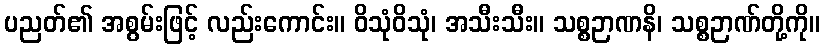
ပညတ်၏ အစွမ်းဖြင့် လည်းကောင်း။ ဝိသုံဝိသုံ၊ အသီးသီး။ သစ္စဉာဏနိ၊ သစ္စဉာဏ်တို့ကို။